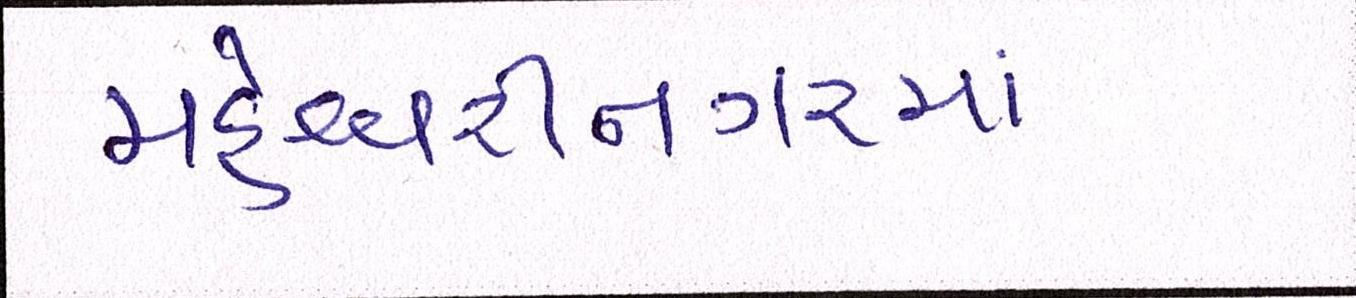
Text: મહેશ્વરીનગરમાં